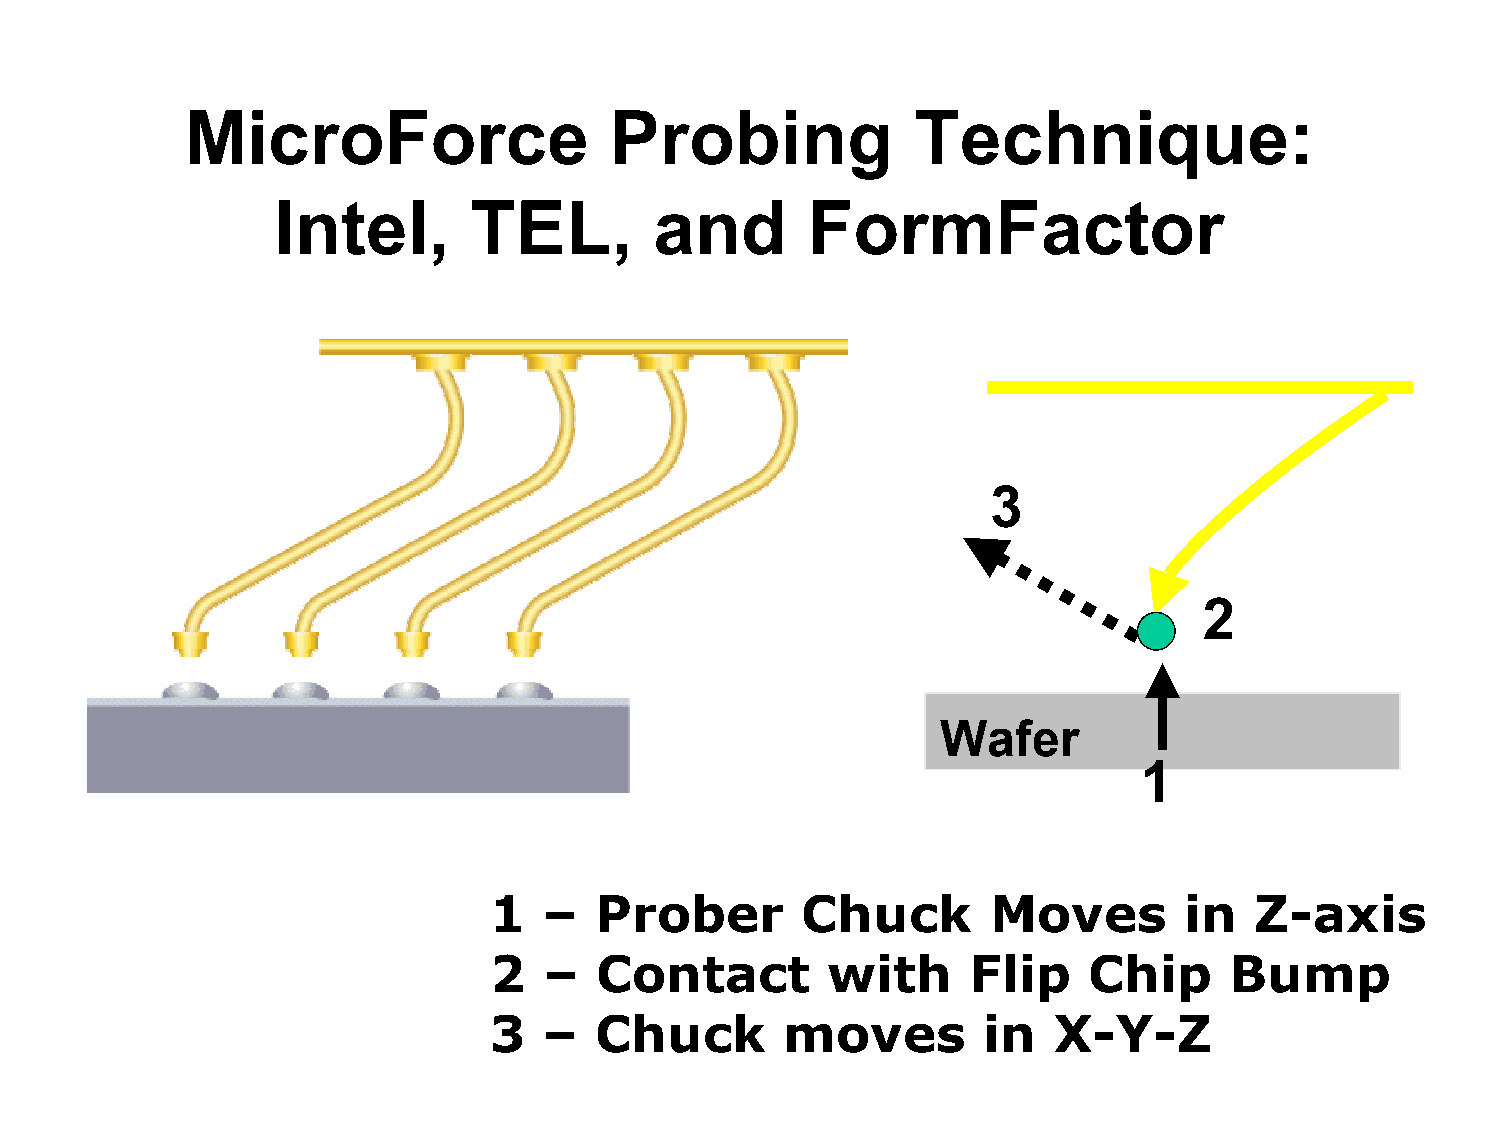
MicroForce                  Probing             Technique:
 Intel,       TEL,        and       FormFactor
 3
 2
 Wafer
 1
 1   –  Prober        Chuck       Moves        in   Z-axis
 2   –  Contact         with     Flip    Chip     Bump
 3   –  Chuck        moves        in   X-Y-Z